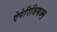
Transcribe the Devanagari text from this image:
ऐपेरिजिसज्म़